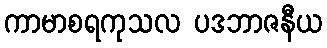
ကာမာစရကုသလ ပဒဘာဇနီယ